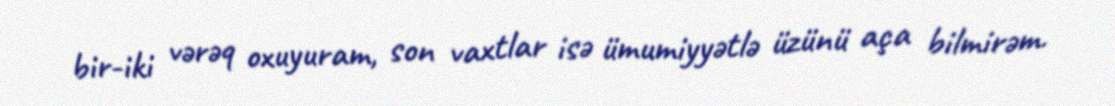
bir-iki vərəq oxuyuram, son vaxtlar isə ümumiyyətlə üzünü aça bilmirəm.